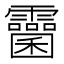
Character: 𩆻